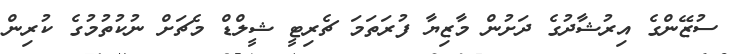
ސުޒޭންގެ އިރުޝާދުގެ ދަށުން މާޒިޔާ ފުރަތަމަ ޗެރިޓީ ޝީލްޑް މެޗަށް ނުކުތުމުގެ ކުރިން